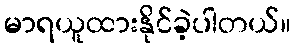
မာရယူထားနိုင်ခဲ့ပါတယ်။